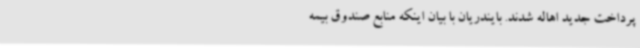
پرداخت جدید اهاله شدند. بایندریان با بیان اینکه منابع صندوق بیمه